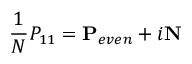
\frac { 1 } { N } P _ { 1 1 } = \mathbf { P } _ { e v e n } + i \mathbf { N }